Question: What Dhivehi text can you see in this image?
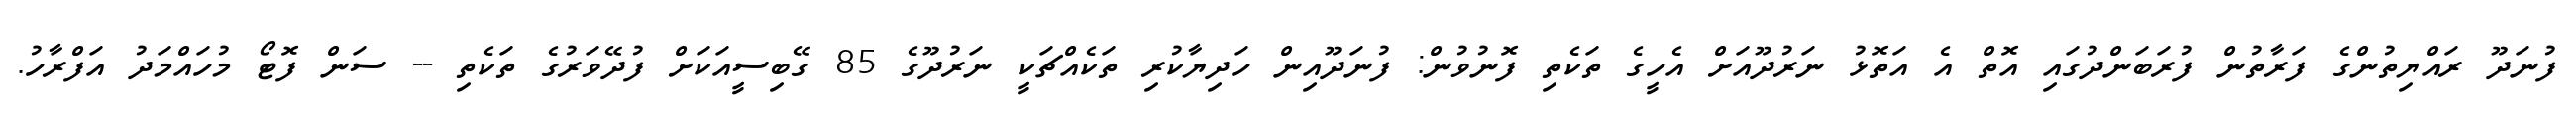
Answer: ފުނަދޫ ރައްޔިތުންގެ ފަރާތުން ފުރަބަންދުގައި އޮތް އެ އަތޮޅު ނަރުދޫއަށް އެހީގެ ތަކެތި ފޮނުވުން: ފުނަދޫއިން ހަދިޔާކުރި ތަކެއްޗަކީ ނަރުދޫގެ 85 ގޭބިސީއަކަށް ފުދޭވަރުގެ ތަކެތި -- ސަން ފޮޓޯ މުހައްމަދު އަފްރާހު.